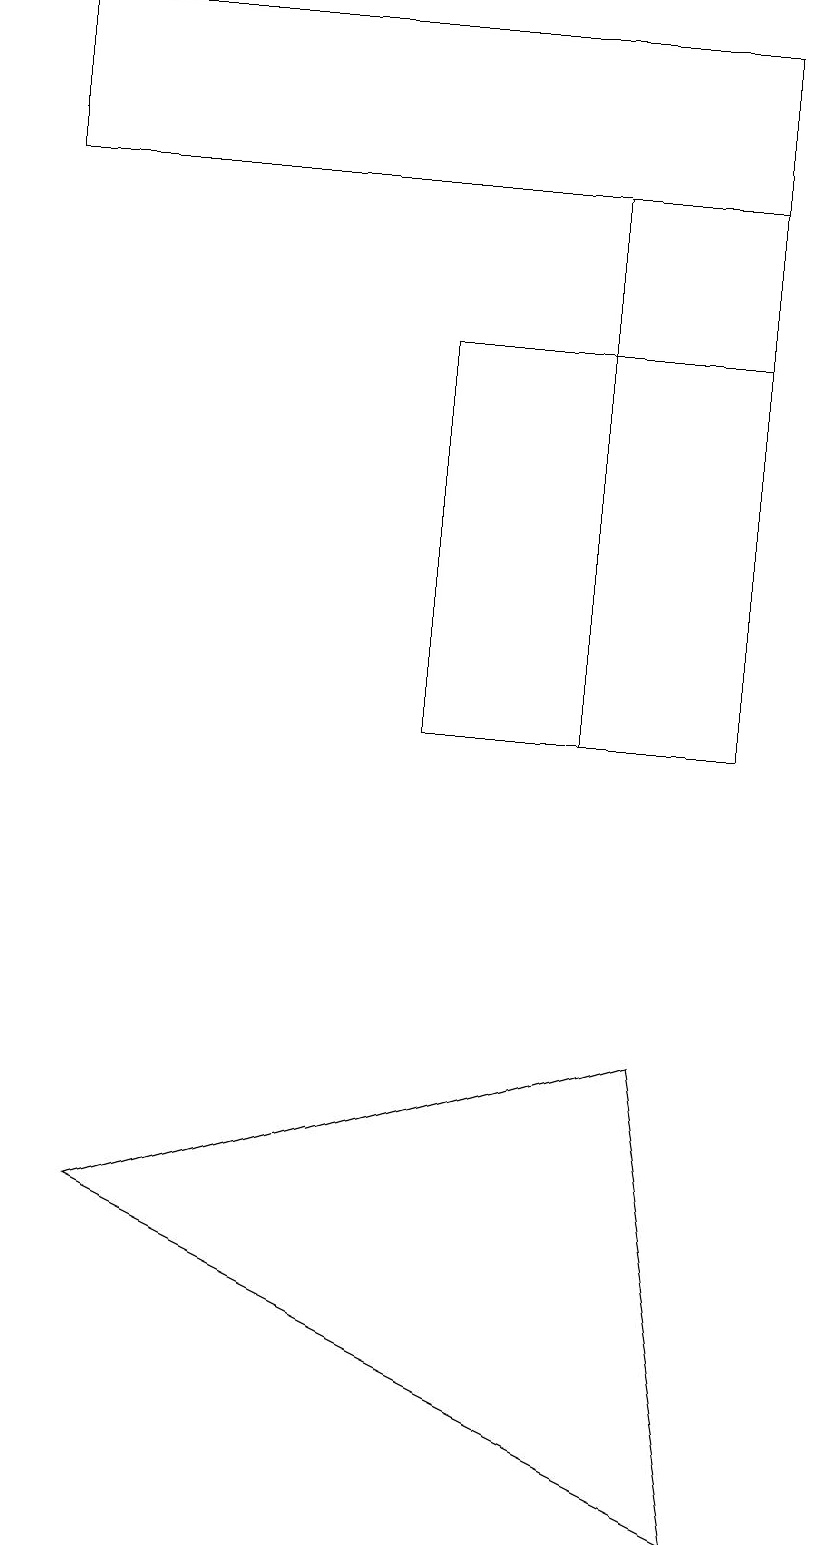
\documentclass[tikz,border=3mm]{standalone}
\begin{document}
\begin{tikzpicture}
\draw (5,10) rectangle (9,15);
\draw (7,10) rectangle (9,17);
\draw (8,6) -- (1,4) -- (9,0) -- cycle;
\draw (10,10) circle (0);
\draw (0,17) rectangle (9,19);
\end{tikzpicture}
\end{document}